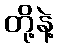
တို့နဲ့